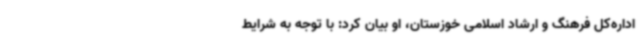
اداره‌کل فرهنگ و ارشاد اسلامی خوزستان، او بیان کرد: با توجه به شرایط